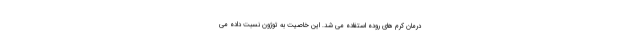
درمان کرم های روده استفاده می شد. این خاصیت به توژون نسبت داده می